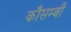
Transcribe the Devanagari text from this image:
कौसम्बी